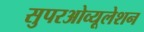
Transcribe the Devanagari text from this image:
सुपरओव्यूलेशन